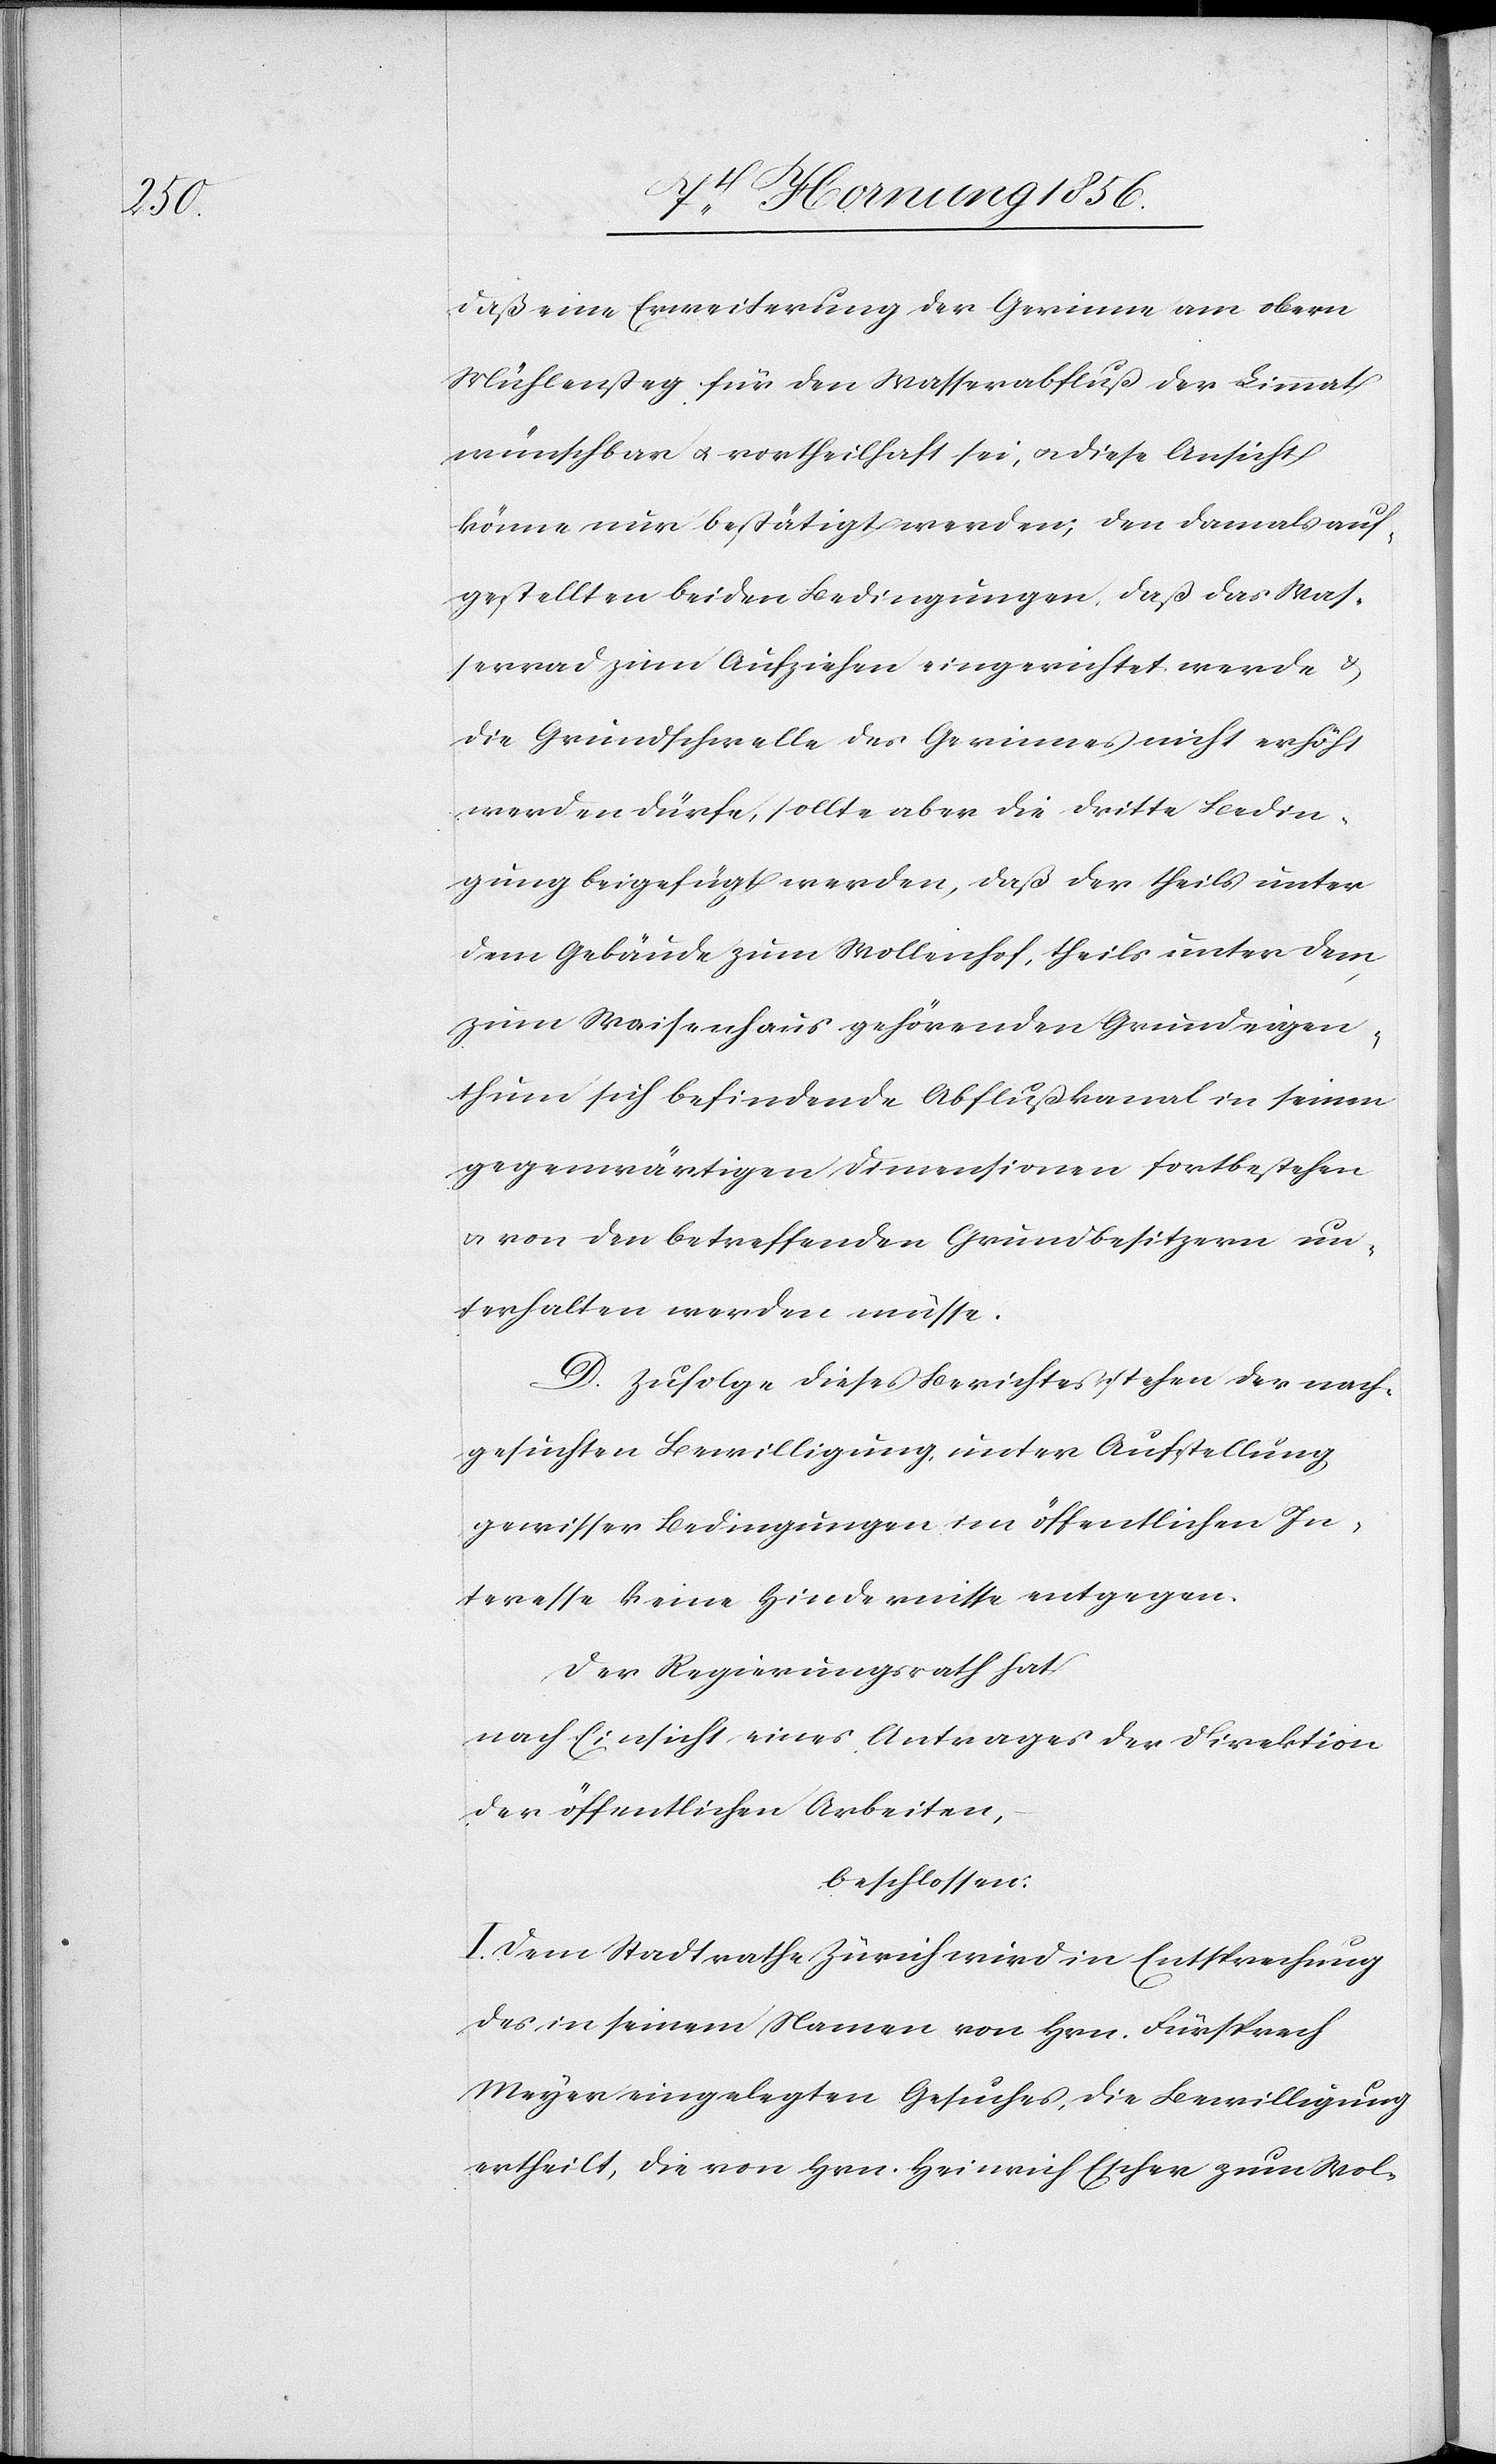
daß eine Erweiterung der Gerinne am obern
Mühlensteg für den Wasserabfluß der Limmat
wünschbar u. vortheilhaft sei, u. diese Ansicht
könne nur bestätigt werden; den damals auf¬
gestellten beiden Bedingungen, daß das Was¬
serrad zum Aufziehen eingerichtet werde &
die Grundschwelle des Gerinnes nicht erhöht
werden dürfe, sollte aber die dritte Bedin¬
gung beigefügt werden, daß der theils unter
dem Gebäude zum Wollenhof, theils unter dem
zum Waisenhaus gehörenden Grundeigen¬
thum sich befindende Abflußkanal in seinen
gegenwärtigen Dimensionen fortbestehen
u. von den betreffenden Grundbesitzern un¬
terhalten werden müsse.
D. Zufolge dieses Berichtes stehen der nach¬
gesuchten Bewilligung, unter Aufstellung
gewisser Bedingungen im öffentlichen In¬
teresse keine Hindernisse entgegen.
Der Regierungsrath hat
nach Einsicht eines Antrages der Direktion
der öffentlichen Arbeiten,
beschlossen:
I. Dem Stadtrath Zürich wird in Entsprechung
des in seinem Namen von Hrn. Fürsprech
Meyer eingelegten Gesuches, die Bewilligung
ertheilt, die von Hrn. Heinrich Escher zum Wol-